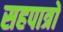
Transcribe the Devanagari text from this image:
सहपात्रों